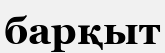
барқыт